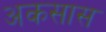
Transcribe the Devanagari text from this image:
अकसास